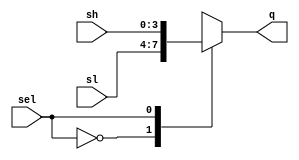
module px(sl,sh,sel,q);
input [3:0]sl,sh;
input sel;
output [3:0]q;
reg [3:0]q;


always @(sl or sh or sel) begin
    case (sel)
        1'b0: q= sl; 
        1'b1: q= sh; 
        default: q = 4'b0000;
    endcase
    
end
endmodule